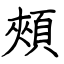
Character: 頰